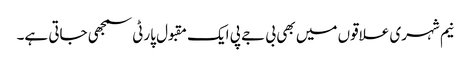
نیم شہری علاقوں میں بھی بی جے پی ایک مقبول پارٹی سمجھی جاتی ہے۔